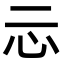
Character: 忈